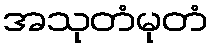
အသုတံမုတံ